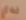
لدي